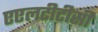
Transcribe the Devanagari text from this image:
एएलटीटीसी